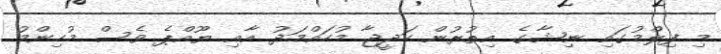
މި ފިލްމުގައި ނިޝާގެ އިތުރުން ހަދީޖާ މުހައްމަދު އާއި ޔޫއްޕެ ވެސް މުހިންމު